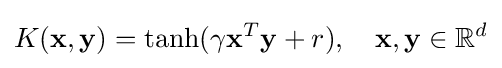
K(\mathbf {x} ,\mathbf {y} )=\tanh(\gamma \mathbf {x} ^{T}\mathbf {y} +r),\quad \mathbf {x} ,\mathbf {y} \in \mathbb {R} ^{d}